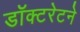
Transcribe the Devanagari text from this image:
डॉक्टरेटने